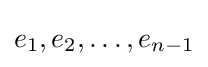
e_{1},e_{2},\ldots ,e_{n-1}